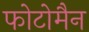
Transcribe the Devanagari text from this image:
फोटोमैन